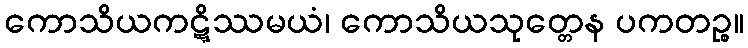
ကောသိယကဋ္ဋိဿမယံ၊ ကောသိယသုတ္တေန ပကတဉ္စ။